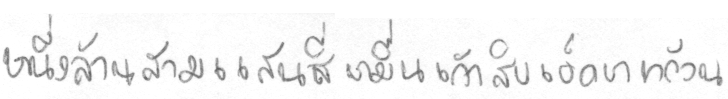
หนึ่งล้านสามแสนสี่หมื่นเก้าสิบเอ็ดบาทถ้วน